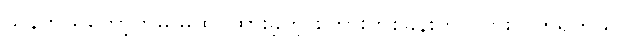
သုန်ဘယ်တော့ကမှ မထင်ထားခဲ့တဲ့ စကားတစ်ခွန်းကို ကြားလိုက်ရတယ်။